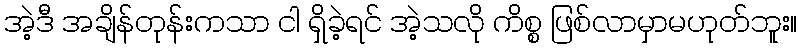
အဲ့ဒီ အချိန်တုန်းကသာ ငါ ရှိခဲ့ရင် အဲ့သလို ကိစ္စ ဖြစ်လာမှာမဟုတ်ဘူး။